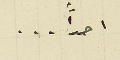
احداً ...